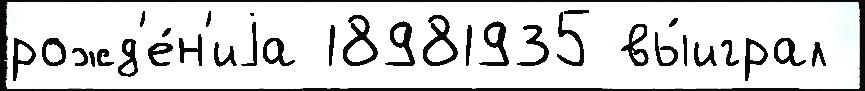
рожд'е́н'иjа 18981935 вы́играл